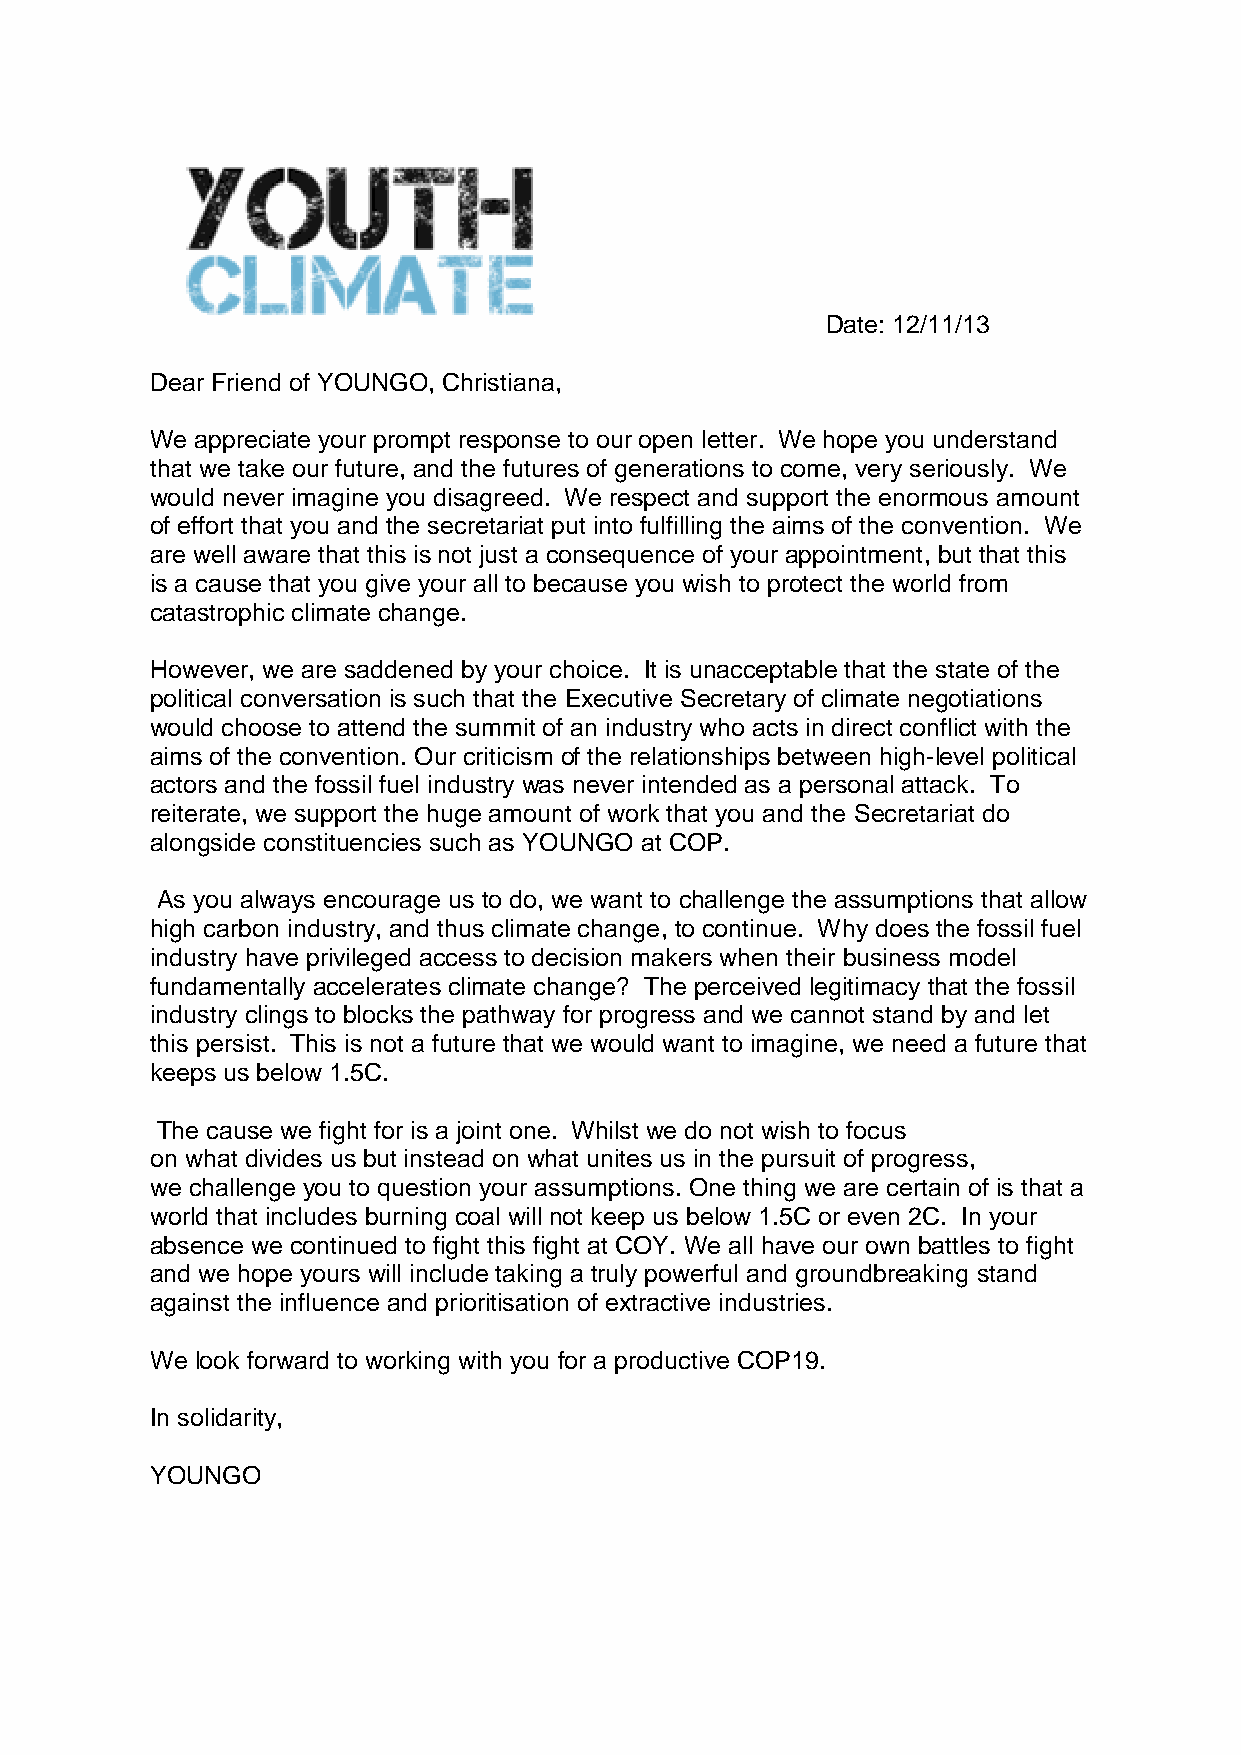
Date: 12/11/13
 Dear Friend of YOUNGO, Christiana,
 We appreciate your prompt response to our open letter. We hope you understand
 that we take our future, and the futures of generations to come, very seriously. We
 would never imagine you disagreed. We respect and support the enormous amount
 of effort that you and the secretariat put into fulfilling the aims of the convention. We
 are well aware that this is not just a consequence of your appointment, but that this
 is a cause that you give your all to because you wish to protect the world from
 catastrophic climate change.
 However, we are saddened by your choice. It is unacceptable that the state of the
 political conversation is such that the Executive Secretary of climate negotiations
 would choose to attend the summit of an industry who acts in direct conflict with the
 aims of the convention. Our criticism of the relationships between high-level political
 actors and the fossil fuel industry was never intended as a personal attack. To
 reiterate, we support the huge amount of work that you and the Secretariat do
 alongside constituencies such as YOUNGO at COP.
 As you always encourage us to do, we want to challenge the assumptions that allow
 high carbon industry, and thus climate change, to continue. Why does the fossil fuel
 industry have privileged access to decision makers when their business model
 fundamentally accelerates climate change? The perceived legitimacy that the fossil
 industry clings to blocks the pathway for progress and we cannot stand by and let
 this persist. This is not a future that we would want to imagine, we need a future that
 keeps us below 1.5C.
 The cause we fight for is a joint one. Whilst we do not wish to focus
 on what divides us but instead on what unites us in the pursuit of progress,
 we challenge you to question your assumptions. One thing we are certain of is that a
 world that includes burning coal will not keep us below 1.5C or even 2C. In your
 absence we continued to fight this fight at COY. We all have our own battles to fight
 and we hope yours will include taking a truly powerful and groundbreaking stand
 against the influence and prioritisation of extractive industries.
 We look forward to working with you for a productive COP19.
 In solidarity,
 YOUNGO